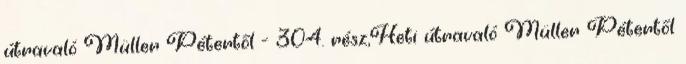
útravaló Müller Pétertől - 304. rész,Heti útravaló Müller Pétertől